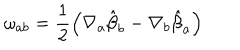
LaTeX: \omega _ { a b } = \frac { 1 } { 2 } \left( \nabla _ { a } { \hat { \beta } _ { b } } - \nabla _ { b } { \hat { \beta } _ { a } } \right)